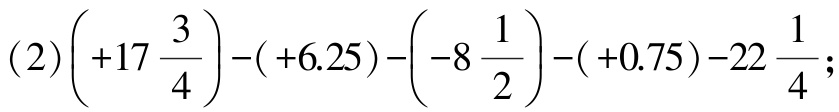
\((2)\left( +17\frac{3}{4}\right)-( +6.25)-\left( -8\frac{1}{2}\right)-( +0.75)-22\frac{1}{4}\);